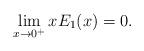
LaTeX: \begin{align*}\lim_{x\to 0^+} xE_1(x)=0.\end{align*}